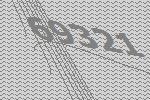
69321